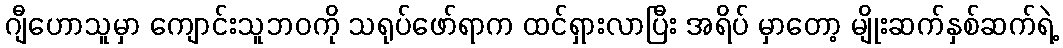
ဂျီဟောသူမှာ ကျောင်းသူဘဝကို သရုပ်ဖော်ရာက ထင်ရှားလာပြီး အရိပ် မှာတော့ မျိုးဆက်နှစ်ဆက်ရဲ့